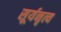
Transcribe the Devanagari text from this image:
सूर्यनृत्य